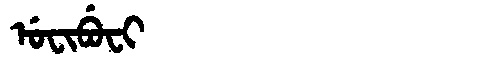
Manchu: ᡠᠸᡳᠪᡠᠸᡳ
Romanization: UFIBUFI